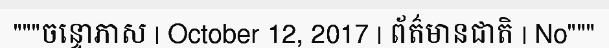
"""ចន្ទោភាស | October 12, 2017 | ព័ត៌មានជាតិ | No"""